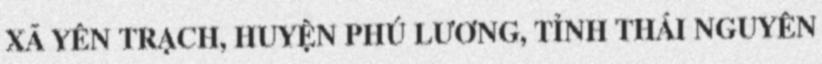
XÃ YÊN TRẠCH, HUYỆN PHÚ LƯƠNG, TỈNH THÁI NGUYÊN